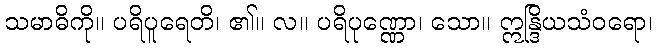
သမာဓိကို။ ပရိပူရေတိ၊ ၏။ လ။ ပရိပုဏ္ဏော၊ သော။ ဣန္ဒြိယသံဝရော၊